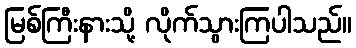
မြစ်ကြီးနားသို့ လိုက်သွားကြပါသည်။